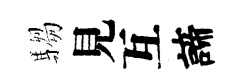
騶見互諦